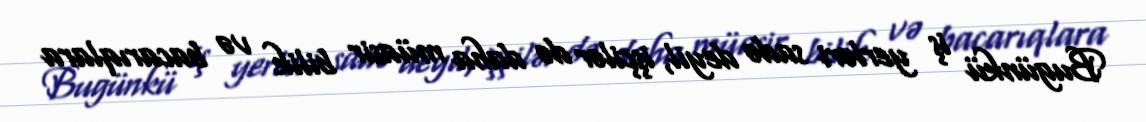
Bugünkü iş yerləri sadə deyil, işçilər də daha müasir bilik və bacarıqlara